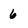
Character: 6